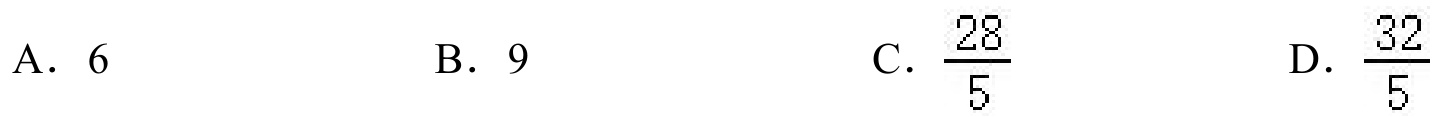
A. \(6\)  B. \(9\)  C. \(\frac{28}{5}\)  D. \(\frac{32}{5}\)